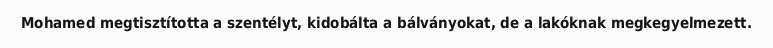
Mohamed megtisztította a szentélyt, kidobálta a bálványokat, de a lakóknak megkegyelmezett.